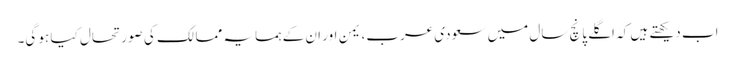
اب دیکھتے ہیں کہ اگلے پانچ سال میں سعودی عرب، یمن اور ان کے ہمسایہ ممالک کی صورتحال کیا ہو گی۔